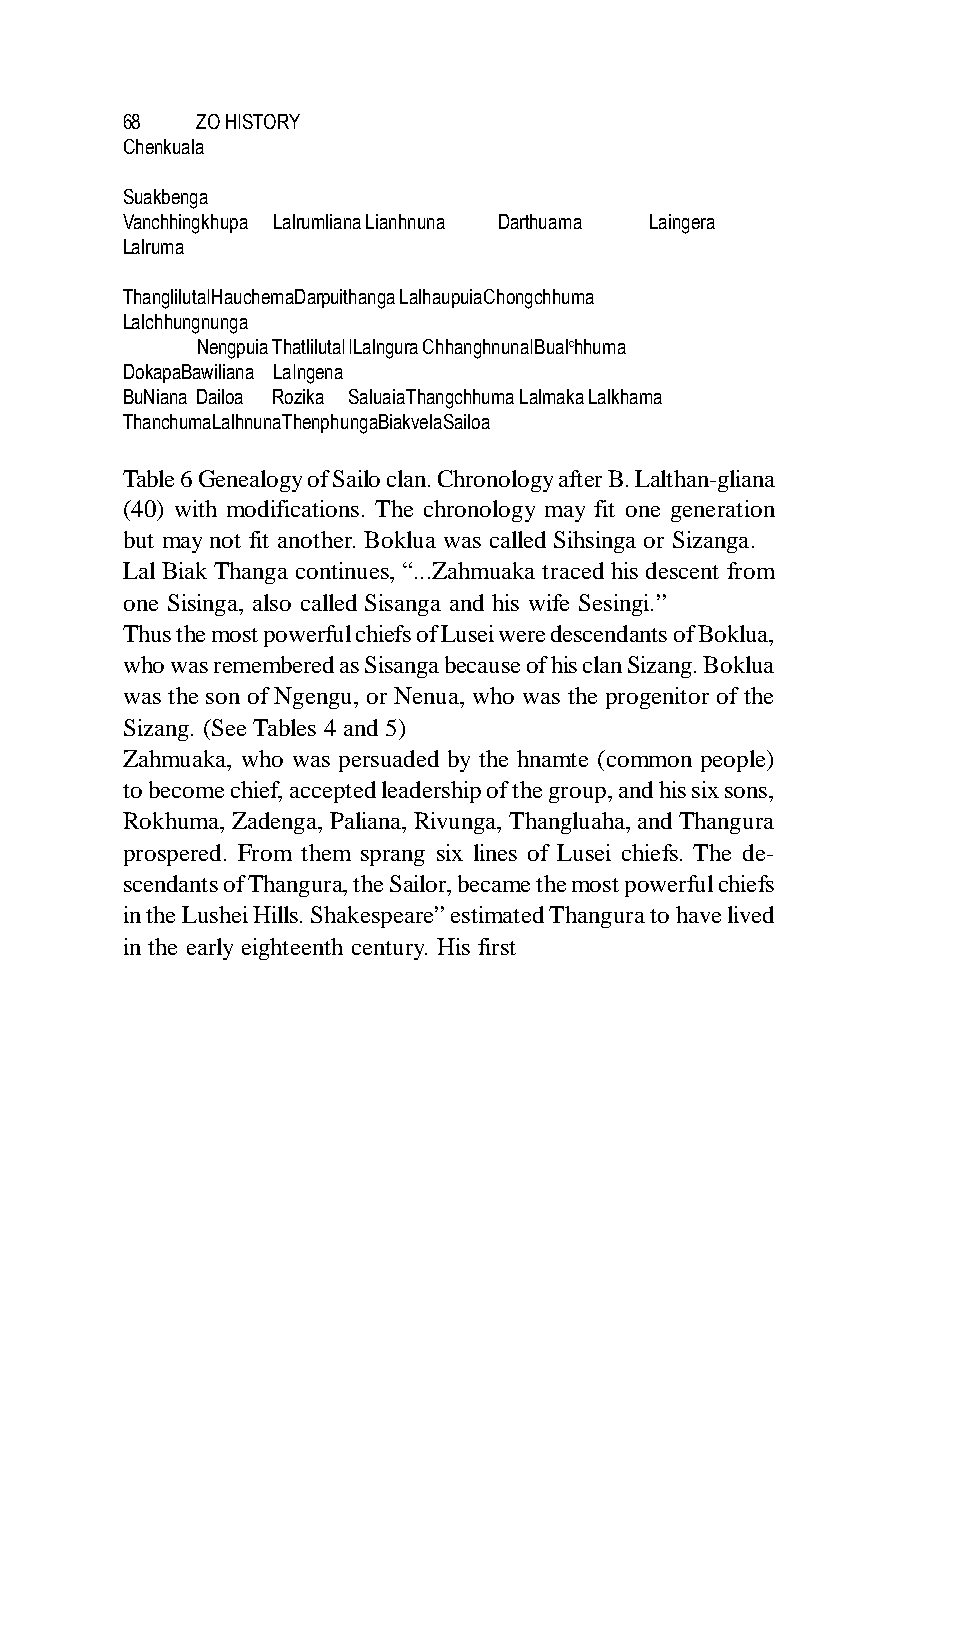
68   ZO HISTORY
 Chenkuala
 Suakbenga
 Vanchhingkhupa Lalrumliana Lianhnuna Darthuama Laingera
 Lalruma
 ThanglilutaIHauchemaDarpuithanga LalhaupuiaChongchhuma
 Lalchhungnunga
 NengpuiaThatlilutaIILalnguraChhanghnunaIBualchhuma
 DokapaBawiliana LaIngena
 BuNiana Dailoa Rozika SaluaiaThangchhuma Lalmaka Lalkhama
 ThanchumaLalhnunaThenphungaBiakvelaSailoa
 Table 6 Genealogy of Sailo clan. Chronology after B. Lalthan-gliana
 (40) with modifications. The chronology may fit one generation
 but may not fit another. Boklua was called Sihsinga or Sizanga.
 Lal Biak Thanga continues, “...Zahmuaka traced his descent from
 one Sisinga, also called Sisanga and his wife Sesingi.”
 Thus the most powerful chiefs of Lusei were descendants of Boklua,
 who was remembered as Sisanga because of his clan Sizang. Boklua
 was the son of Ngengu, or Nenua, who was the progenitor of the
 Sizang. (See Tables 4 and 5)
 Zahmuaka, who was persuaded by the hnamte (common people)
 to become chief, accepted leadership of the group, and his six sons,
 Rokhuma, Zadenga, Paliana, Rivunga, Thangluaha, and Thangura
 prospered. From them sprang six lines of Lusei chiefs. The de-
 scendants of Thangura, the Sailor, became the most powerful chiefs
 in the Lushei Hills. Shakespeare” estimated Thangura to have lived
 in the early eighteenth century. His first